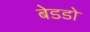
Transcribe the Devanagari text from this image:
बेडडो